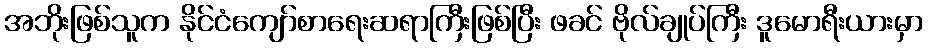
အဘိုးဖြစ်သူက နိုင်ငံကျော်စာရေးဆရာကြီးဖြစ်ပြီး ဖခင် ဗိုလ်ချုပ်ကြီး ဒူမောရီးယားမှာ